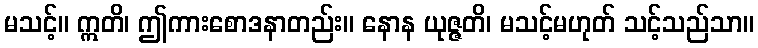
မသင့်။ ဣတိ၊ ဤကားစောဒနာတည်း။ နောန ယုဇ္ဇတိ၊ မသင့်မဟုတ် သင့်သည်သာ။